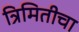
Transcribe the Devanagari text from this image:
त्रिमितीचा